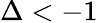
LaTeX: \Delta<-1